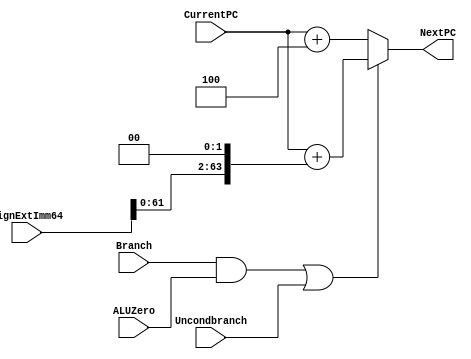
`timescale 1ns / 1ps

module NextPClogic(NextPC, CurrentPC, SignExtImm64, Branch, ALUZero, Uncondbranch);
       input [63:0] CurrentPC, SignExtImm64;
       input Branch, ALUZero, Uncondbranch;
       output reg [63:0] NextPC;
       always@ (*)

	begin

		if ((Branch && ALUZero) || Uncondbranch)  //CBZ
		begin
		NextPC = CurrentPC + (SignExtImm64 << 64'd2) ; // current + sig*2, shift by two
		end

		else // PC = PC + 4
		NextPC = CurrentPC + 64'd4;
	end

endmodule